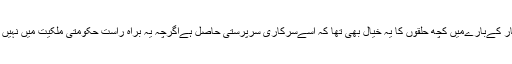
اخبار کےبارےمیں کچھ حلقوں کا یہ خیال بھی تھا کہ اسےسرکاری سرپرستی حاصل ہےاگرچہ یہ براہ راست حکومتی ملکیت میں نہیں ہی۔